Report on sanitation, dispensaries, and jails in Rajputana for 1919, and on vaccination for the year 1919-1920 - 1919-1920
Year: 1919
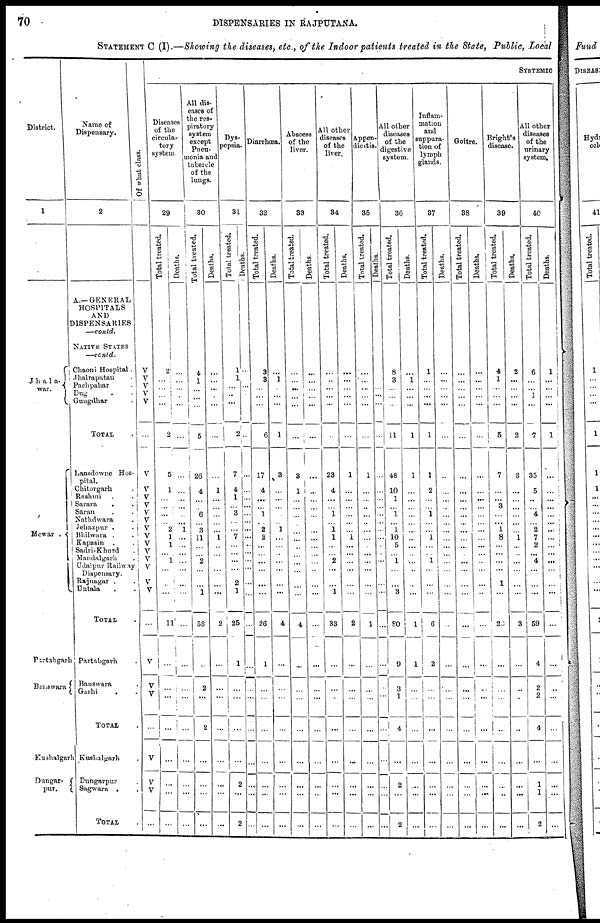
70
DISPENSARIES IN RAJPUTANA.
STATEMENT C (I).—Showing the diseases, etc., of the Indoor patients treated in the State, Public, Local
District.
1
Jha1a¬
war.
Mewar .
Partabgarh
Banswara
Kushalgarh
Dungar¬
pur.
Name of
Dispensary.
2
A.—GENERAL
HOSPITALS
AND
DISPENSARIES
—contd.
NATIVE STATES
—contd.
Chaoni Hospital.
Jhalrapatan .
Pachpahar .
Dug . .
Gungdhar .
TOTAL .
Lansdowne Hos-
pital.
Chitorgarh.
Rashmi . .
Sarara . .
Saran . .
Nathdwara .
Jehazpur . .
Bhilwara . .
Kapasin . .
Sadri-Khurd .
Mandalgarh .
Udaipur Railway
Dispensary.
Rajnagar . .
Untala . .
TOTAL .
Partabgarh .
Banswara .
Garhi . .
TOTAL .
Kushalgarh .
Dungarpur .
Sagwara . .
TOTAL .
Of what class.
V
V V
V
V
...
V
V
V
V
V
V
V
V
V
V
V
V V
V
...
V
V
V
...
V
V
V
...
SYSTEMIC
Diseases
of the
circula-
tory
system
29
Total treated.
2
...
...
...
...
2
5
1
...
...
...
... 2
1
1
...
1
...
...
...
11
...
...
...
...
...
...
...
...
Deaths.
...
...
...
...
...
...
...
...
...
...
...
... 1
...
...
...
...
...
...
...
...
...
...
...
...
...
...
...
...
All dis-
eases of
the res-
piratory
system
except
Pneu-
monia and
tubercle
of the
lungs.
30
Total treated.
4
1
...
...
...
5
26
4
...
...
6
...
3
11
...
...
2
...
...
1
53
...
2
...
2
...
...
...
...
Deaths.
...
...
...
...
...
...
...
1
...
...
...
...
...
1
...
...
...
...
...
...
2
...
...
...
...
...
...
...
...
Dys¬
pepsia.
31
Total treated.
1
1
...
...
...
2
7
4
1
...
3
...
...
7
...
...
...
...
2
1
25
1
...
...
...
...
2
...
2
Deaths.
...
...
...
...
...
...
...
...
...
...
...
...
...
...
...
...
...
...
...
...
...
...
...
...
...
...
...
...
...
Diarrhœa.
32
Total treated.
3
3
...
...
...
6
17
4
...
...
1
... 2
2
...
...
...
...
...
...
26
1
...
...
...
...
...
...
...
Deaths.
...
1
...
...
...
1
3
...
...
...
...
... 1
...
...
...
...
...
...
...
4
...
...
...
...
...
...
...
...
Abscess
of the
liver.
33
Total treated.
...
...
...
...
...
...
3
1
...
...
...
...
...
...
...
...
...
...
...
...
4
...
...
...
...
...
...
...
...
Deaths.
...
...
...
...
...
...
...
...
...
...
...
...
...
...
...
...
...
...
...
...
...
...
...
...
...
...
...
...
...
All other
diseases
of the
liver.
34
Total treated.
...
...
...
...
...
...
23
4
...
...
1
... 1
1
...
...
2
...
...
1
33
...
...
...
...
...
...
...
...
Deaths.
...
...
...
...
...
...
1
...
...
...
...
...
...
1
...
...
...
...
...
...
2
...
...
...
...
...
...
...
...
Appen-
dicitis.
35
Total treated.
...
...
...
...
...
...
1
...
...
...
...
...
...
...
...
...
...
...
...
...
1
...
...
...
...
...
...
...
...
Deaths.
...
...
...
...
...
...
...
...
...
...
...
...
...
...
...
...
...
...
...
...
...
...
...
...
...
...
...
...
...
All other
diseases
of the
digestive
system.
36
Total treated.
8
3
...
...
...
11
48
10
1
...
1
... 1
10
5
...
1
...
...
3
80
9
3
1
4
...
2
...
2
Deaths.
...
1
...
...
...
1
1
...
...
...
...
...
...
...
...
...
...
...
...
...
1
1
...
...
...
...
...
...
...
Inflam-
mation
and
suppura-
tion of
lymph
glands.
37
Total treated.
1
...
...
...
...
1
1
2
...
...
1
...
...
1
...
...
1
...
...
...
6
2
...
...
...
...
...
...
...
Deaths.
...
...
...
...
...
...
...
...
...
...
...
...
...
...
...
...
...
...
...
...
...
...
...
...
...
...
...
...
...
Goitre.
38
Total treated.
...
...
...
...
...
...
...
...
...
...
...
...
...
...
...
...
...
...
...
...
...
...
...
...
...
...
...
...
...
Deaths.
...
...
...
...
...
...
...
...
...
...
...
...
...
...
...
...
...
...
...
...
...
...
...
...
...
...
...
...
...
Bright's
disease.
39
Total treated.
4
1
...
...
...
5
7
...
...
3
...
... 1
8
...
...
...
...
1
...
20
...
...
...
...
...
...
...
...
Deaths.
2
...
...
...
...
2
3
...
...
...
...
...
...
1
...
...
...
...
...
...
3
...
...
...
...
...
...
...
...
All other
diseases
of the
urinary
system.
40
Total treated.
6
...
...
1
...
7
35
5
...
...
4
... 2
7
2
...
4
...
...
...
59
4
2
2
4
...
1
1
2
Deaths.
1
...
...
...
...
1
...
...
...
...
... ...
...
...
...
...
...
...
...
...
...
...
...
...
...
...
...
...